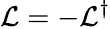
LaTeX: \mathcal{L}=-\mathcal{L}^{\dagger}